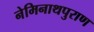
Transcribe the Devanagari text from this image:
नेमिनाथपुराण